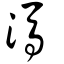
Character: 溤